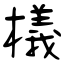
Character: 檥